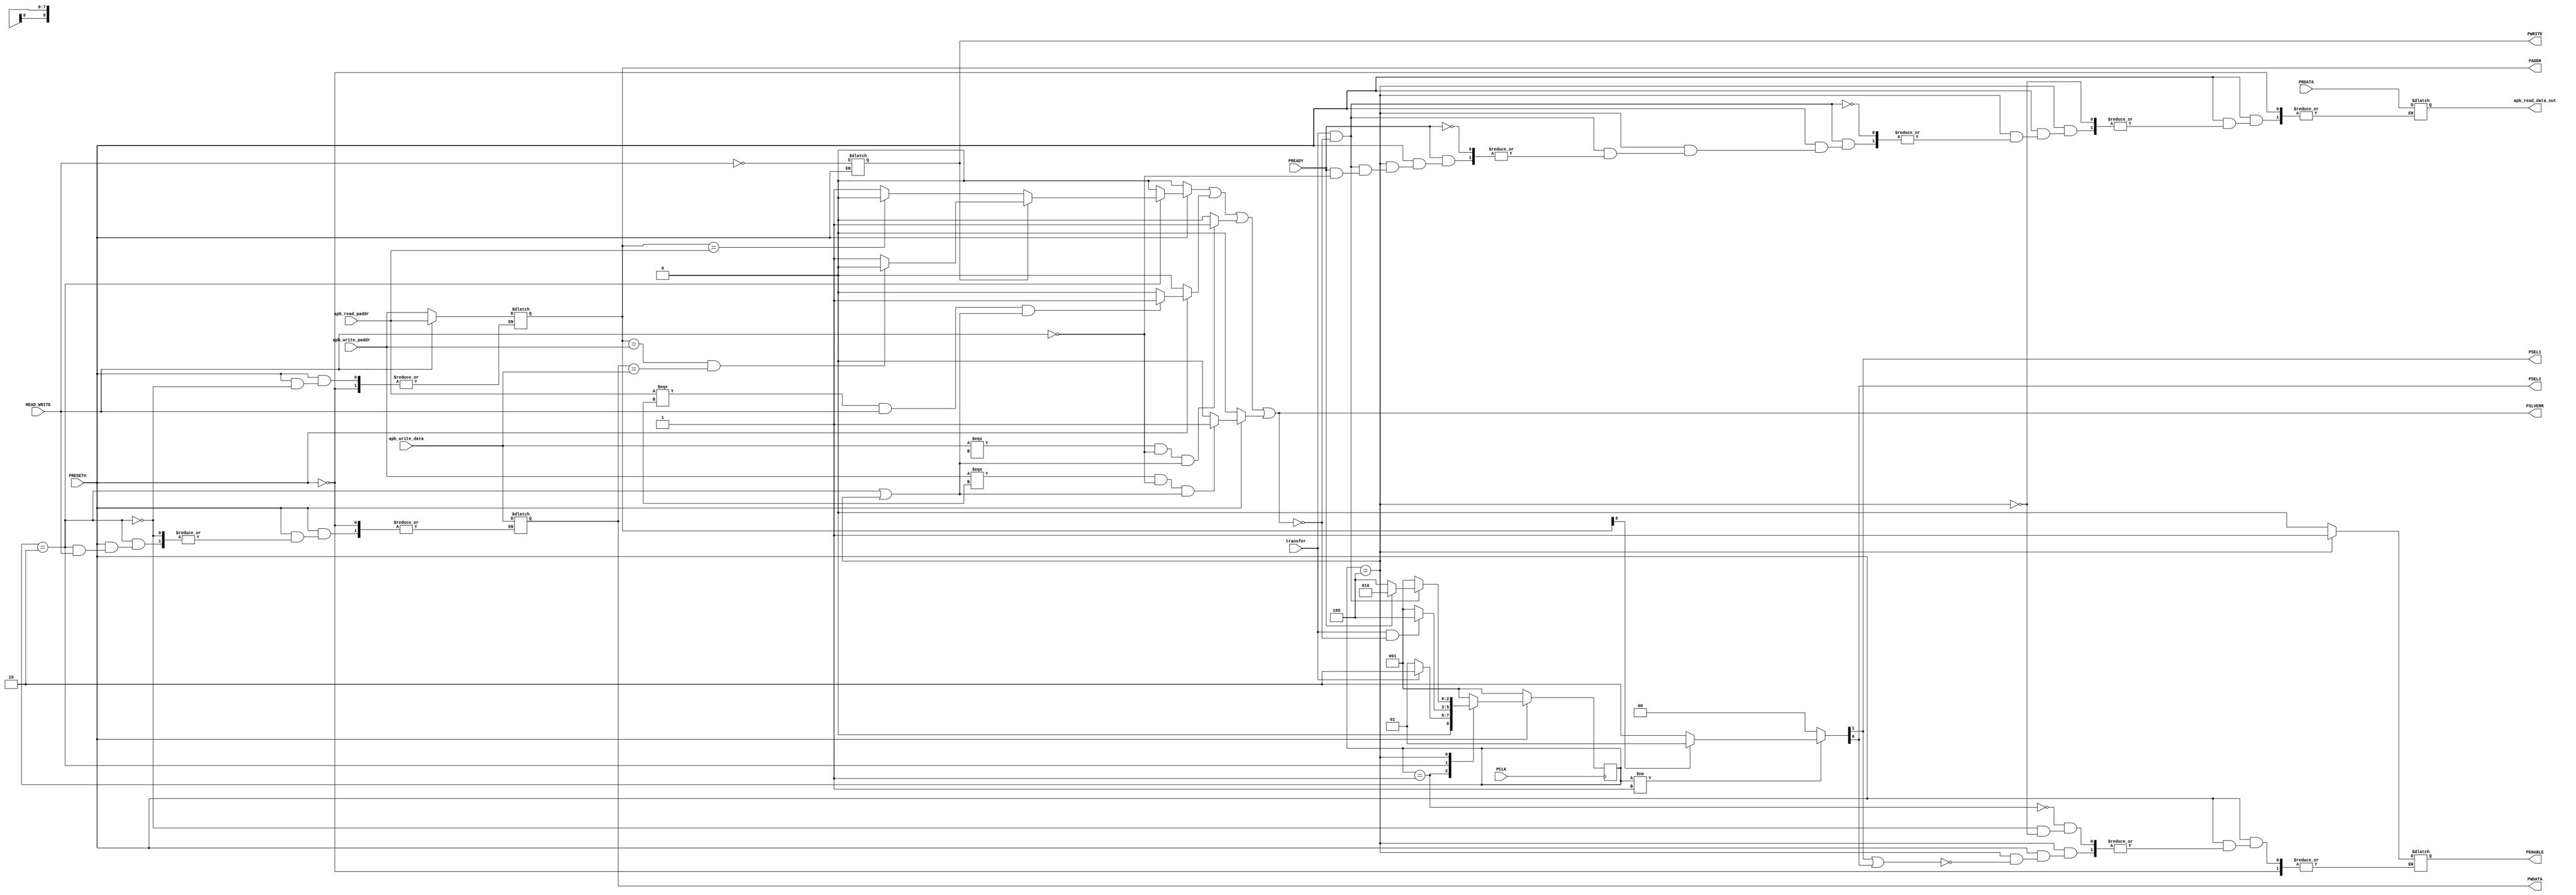
`timescale 1ns / 1ps
//////////////////////////////////////////////////////////////////////////////////
// Company: 
// Engineer: 
// 
// Design Name: 
// Module Name: master
// Project Name: 
// Target Devices: 
// Tool Versions: 
// Description: 
// 
// Dependencies: 
// 
// Revision:
// Revision 0.01 - File Created
// Additional Comments:
// 
//////////////////////////////////////////////////////////////////////////////////


module master_bridge(
	input [8:0]apb_write_paddr,apb_read_paddr,
	input [7:0] apb_write_data,PRDATA,         
	input PRESETn,PCLK,READ_WRITE,transfer,PREADY,
	output PSEL1,PSEL2,
	output reg PENABLE,
	output reg [8:0]PADDR,
	output reg PWRITE,
	output reg [7:0]PWDATA,apb_read_data_out,
	output PSLVERR ); 
       // integer i,count;
   
  reg [2:0] state, next_state;

  reg invalid_setup_error,
      setup_error,
      invalid_read_paddr,
      invalid_write_paddr,
      invalid_write_data ;
  
  localparam IDLE = 3'b001, SETUP = 3'b010, ENABLE = 3'b100 ;


  always @(posedge PCLK)
  begin
	if(!PRESETn)
		state <= IDLE;
	else
		state <= next_state; 
  end

  always @(state,transfer,PREADY)

  begin
	if(!PRESETn)
	  next_state = IDLE;
	else
          begin
             PWRITE = ~READ_WRITE;
	     case(state)
                  
		     IDLE: begin 
		              PENABLE =0;

		            if(!transfer)
	        	      next_state = IDLE ;
	                    else
			      next_state = SETUP;
	                   end

	       	SETUP:   begin
			    PENABLE =0;

			    if(READ_WRITE) 
				 //     @(posedge PCLK)
	                       begin   PADDR = apb_read_paddr; end
			    else 
			      begin   
			          //@(posedge PCLK)
                                  PADDR = apb_write_paddr;
				  PWDATA = apb_write_data;  end
			    
			    if(transfer && !PSLVERR)
			      next_state = ENABLE;
		            else
           	              next_state = IDLE;
		           end

	       	ENABLE: 
		     begin if(PSEL1 || PSEL2)
		           PENABLE =1;
			   if(transfer & !PSLVERR)
			   begin
				   if(PREADY)
				   begin
					if(!READ_WRITE)
				         begin
				          
					   next_state = SETUP; end
					else 
					   begin
					   next_state = SETUP; 
				          	   
                                           apb_read_data_out = PRDATA; 
					   end
			            end
				    else next_state = ENABLE;
		              end
		             else next_state = IDLE;
			 end
			   
		        /* if(transfer && !PREADY && READ_WRITE)
                             begin
                              //   repeat(3) @(posedge PCLK)  
                		// begin
			          //  if(!transfer)
                                    //  next_state = IDLE;
		                    //else 
                                      // begin
                                        //if(PREADY) begin
                                          //  next_state = SETUP;
                                            //apb_read_data_out = PRDATA; end
                                        //else
                                            next_state = ENABLE;
				       //end 
                                end
		            end

                       else if(transfer && PREADY && READ_WRITE )
                                 begin
			           apb_read_data_out = PRDATA; 
                                   next_state = SETUP; 
			         end
                                                    
		       else if(transfer && !PREADY && !READ_WRITE)
                                   begin
                                   //   repeat(3) @(posedge PCLK)                                          
			             //   begin
			               // if(!transfer)
                                    //     next_state = IDLE;
				      //  else begin
				        //  if(PREADY) 
					  //   next_state = SETUP;
				          //else
						  next_state = ENABLE;
				         end
			             end 
			     end  
					   
                       else if(transfer && PREADY && !READ_WRITE )
			     begin
                                   next_state = SETUP; 
                                  $strobe($time," Enable write operation"); end   */
                             
                       
                                 default: next_state = IDLE; 
               	endcase
             end
          end


 /*     always @(posedge PCLK) 

      begin
	       PWRITE = ~READ_WRITE;

	      case(state)
		      IDLE: begin
			     
			      PENABLE = 0;
		             end

		      SETUP: begin
			      PENABLE =0;
			      if(READ_WRITE) 
				//  @(posedge PCLK)
			          PADDR = apb_read_paddr;
			      else 
			         //@(posedge PCLK)
                                  PADDR = apb_write_paddr;
				  PWDATA = apb_write_data;
			     end

		      ENABLE: begin
			      PENABLE =1;
		             end
	      endcase
      end */
     assign {PSEL1,PSEL2} = ((state != IDLE) ? (PADDR[8] ? {1'b0,1'b1} : {1'b1,1'b0}) : 2'd0);

  // PSLVERR LOGIC
  
  always @(*)
       begin
        if(!PRESETn)
	    begin 
	     setup_error =0;
	     invalid_read_paddr = 0;
	     invalid_write_paddr = 0;
	     invalid_write_paddr =0 ;
	    end
        else
	 begin	
          begin
	  if(state == IDLE && next_state == ENABLE)
   		  setup_error = 1;
	  else setup_error = 0;
          end
          begin
          if((apb_write_data===8'dx) && (!READ_WRITE) && (state==SETUP || state==ENABLE))
		  invalid_write_data =1;
	  else invalid_write_data = 0;
          end
          begin
	  if((apb_read_paddr===9'dx) && READ_WRITE && (state==SETUP || state==ENABLE))
		  invalid_read_paddr = 1;
	  else  invalid_read_paddr = 0;
          end
          begin
          if((apb_write_paddr===9'dx) && (!READ_WRITE) && (state==SETUP || state==ENABLE))
		  invalid_write_paddr =1;
          else invalid_write_paddr =0;
          end
          begin
	  if(state == SETUP)
            begin
                 if(PWRITE)
                      begin
                         if(PADDR==apb_write_paddr && PWDATA==apb_write_data)
                              setup_error=1'b0;
                         else
                               setup_error=1'b1;
                       end
                 else 
                       begin
                          if (PADDR==apb_read_paddr)
                                 setup_error=1'b0;
                          else
                                 setup_error=1'b1;
                       end    
              end 
          
         else setup_error=1'b0;
         end 
       end
       invalid_setup_error = setup_error ||  invalid_read_paddr || invalid_write_data || invalid_write_paddr  ;
     end 

   assign PSLVERR =  invalid_setup_error ;

	 

 endmodule